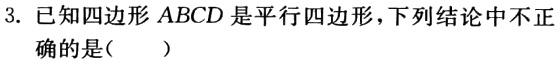
3. 已知四边形\(ABCD\)是平行四边形，下列结论中不正

确的是（  ）